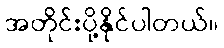
အတိုင်းပို့နိုင်ပါတယ်။